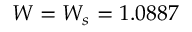
W = W _ { s } = 1 . 0 8 8 7